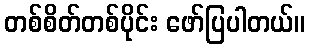
တစ်စိတ်တစ်ပိုင်း ဖော်ပြပါတယ်။